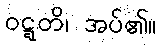
ဝဋ္ဋတိ၊ အပ်၏။